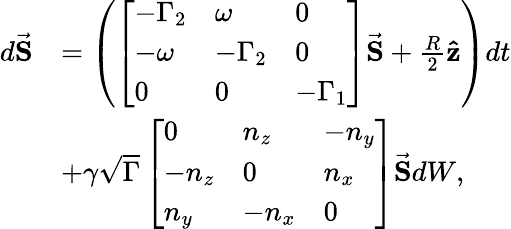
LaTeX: \begin{array}{rl}{d\vec{\mathbf S}}&{=\left(\left[\begin{array}{lll}{-\Gamma_{2}}&{\omega}&{0}\\ {-\omega}&{-\Gamma_{2}}&{0}\\ {0}&{0}&{-\Gamma_{1}}\end{array}\right]\vec{\mathbf S}+\frac{R}{2}\mathbf{\hat{z}}\right)dt}\\ &{+\gamma\sqrt{\Gamma}\left[\begin{array}{lll}{0}&{n_{z}}&{-n_{y}}\\ {-n_{z}}&{0}&{n_{x}}\\ {n_{y}}&{-n_{x}}&{0}\end{array}\right]\vec{\mathbf S}dW,}\end{array}